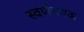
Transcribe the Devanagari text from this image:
स्वर्णचषक